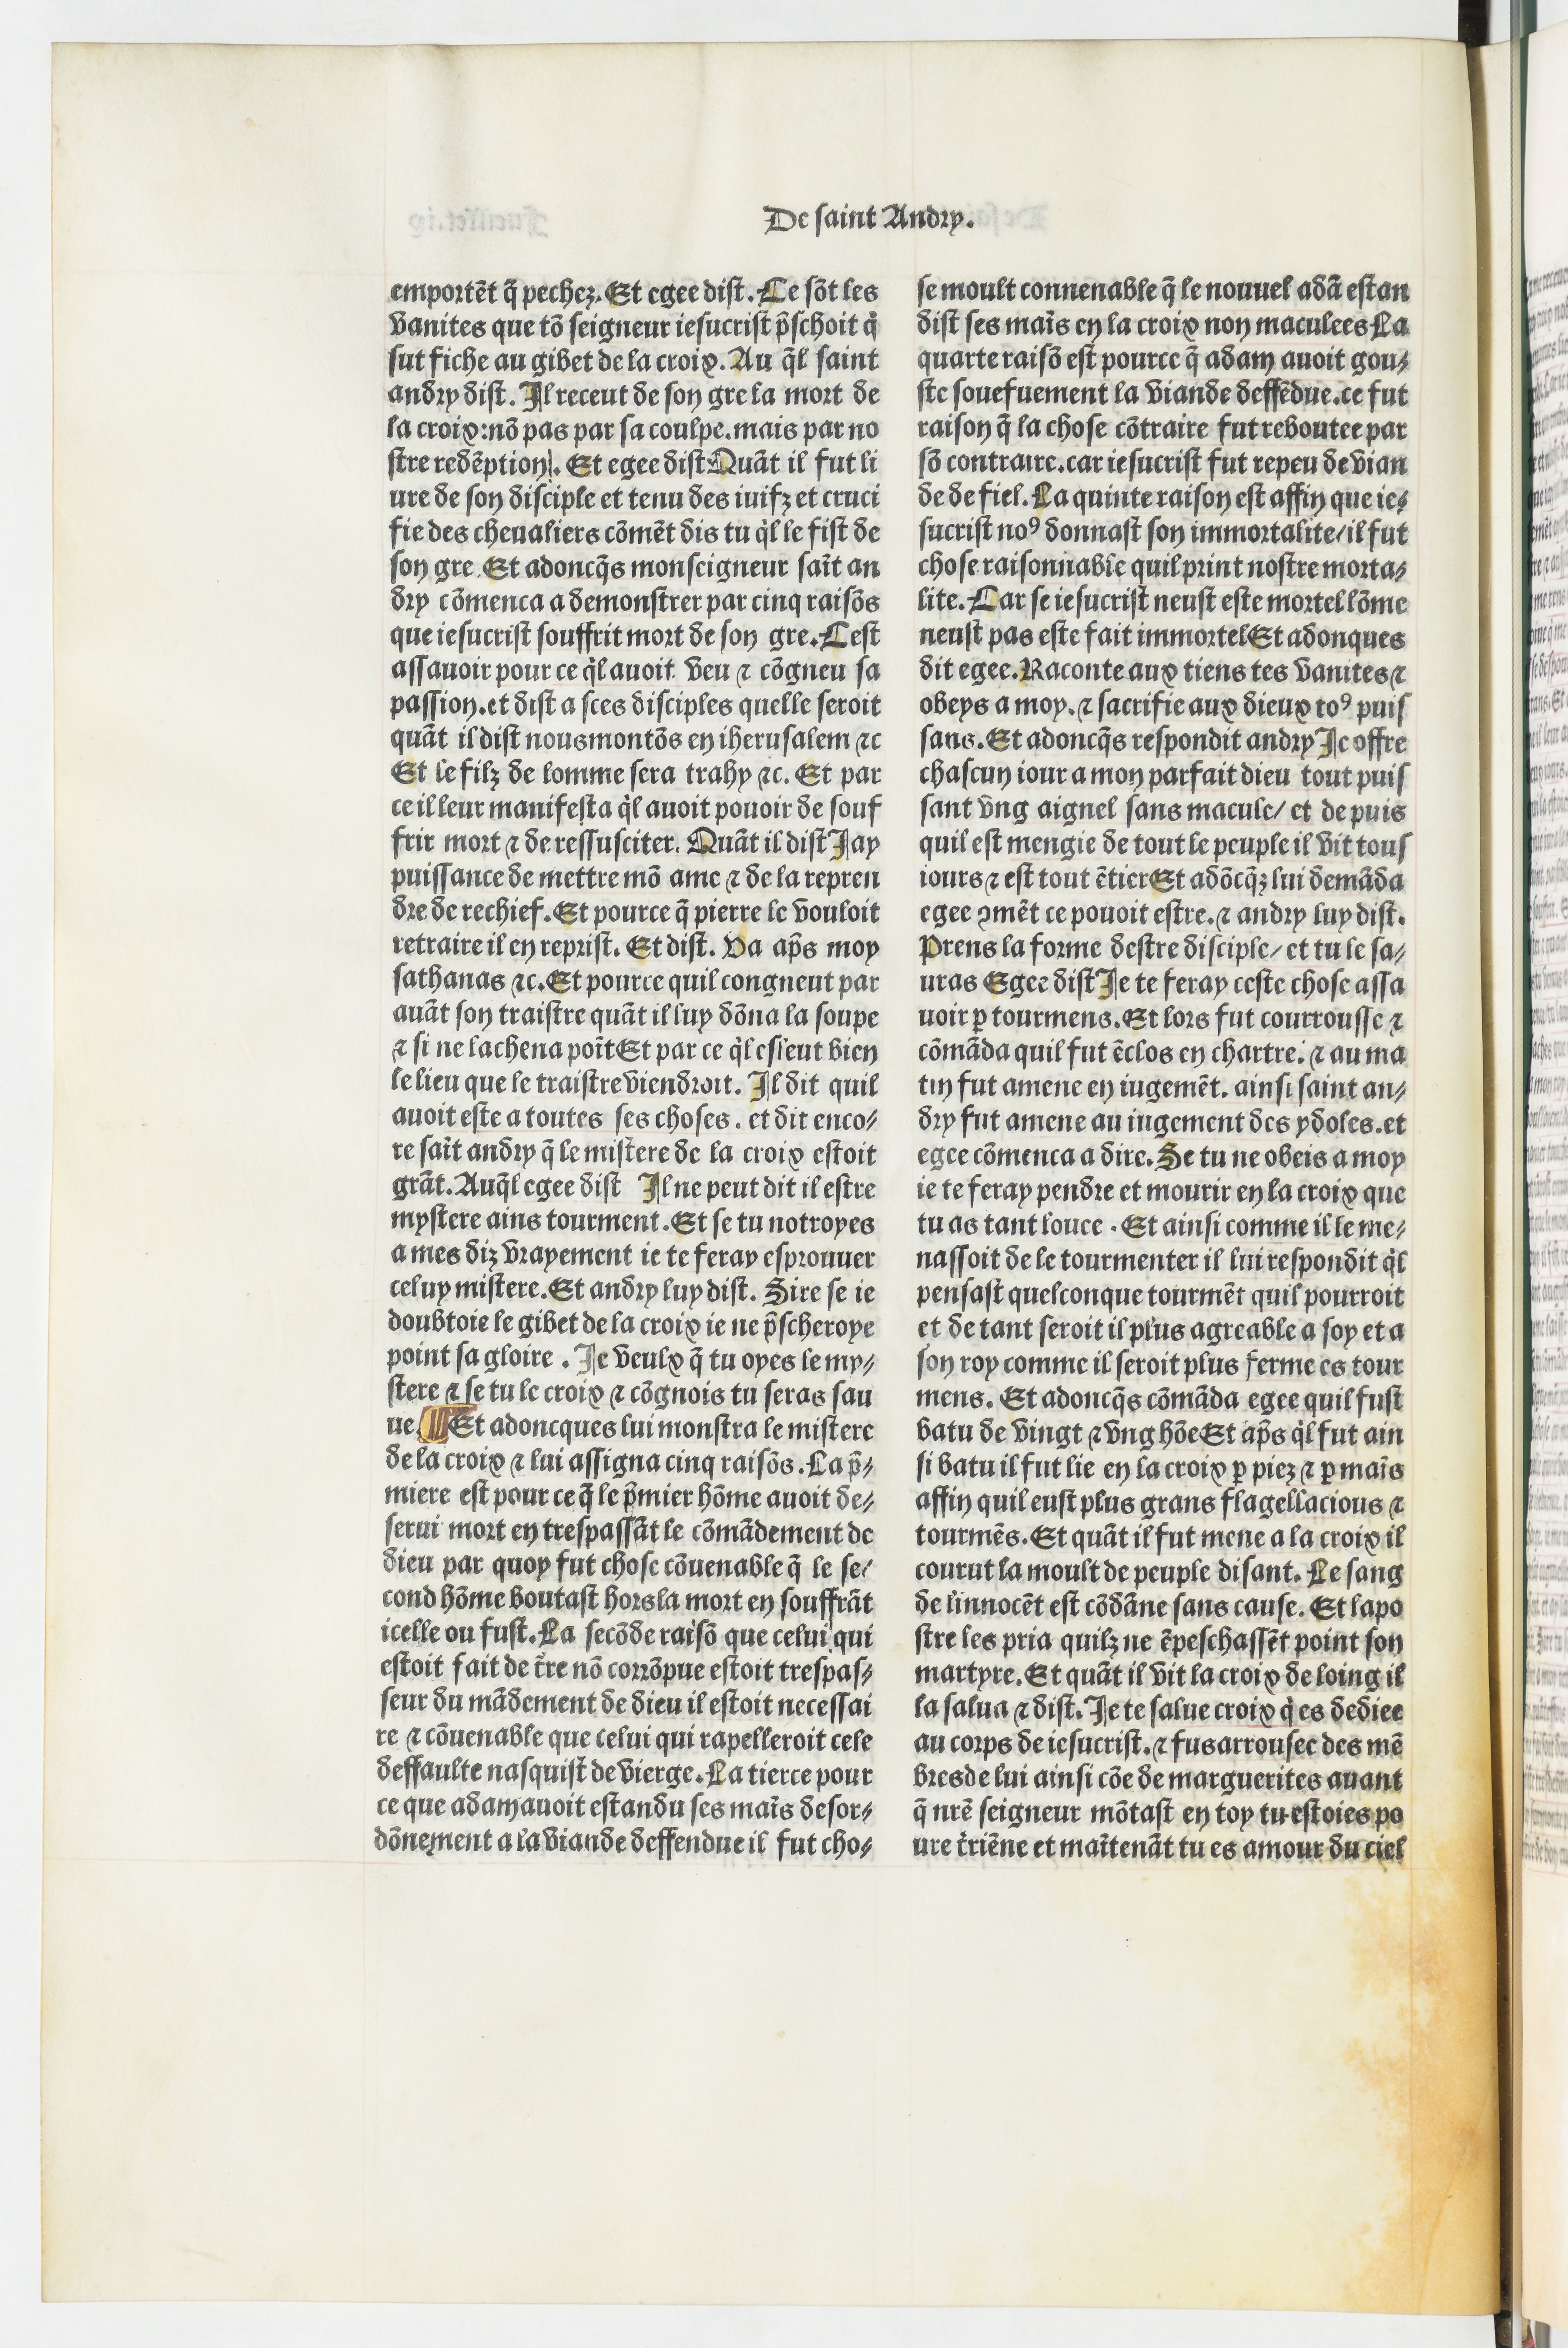
Shelfmark: Paris, BnF, Velins 690
Century: 15